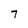
Character: 7